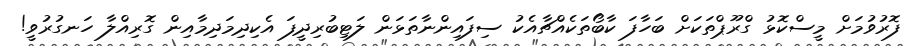
ފޮރުވުމަށް މީސްކޮޅު ގްރޫޕްތަަކަށް ބަހާފަ ކާބޯތަކެއްޗާއެކު ސިފައިންނާތަޅަން ލަޓިބުރިދީފަ އެކިދިމަދިމާއިން ގޮރިއްލާ ހަނގުރުވީ!